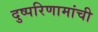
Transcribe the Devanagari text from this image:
दुष्परिणामांची